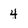
Character: 4